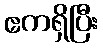
ဧကရှိပြီး